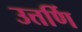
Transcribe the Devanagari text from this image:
उत्तर्णि